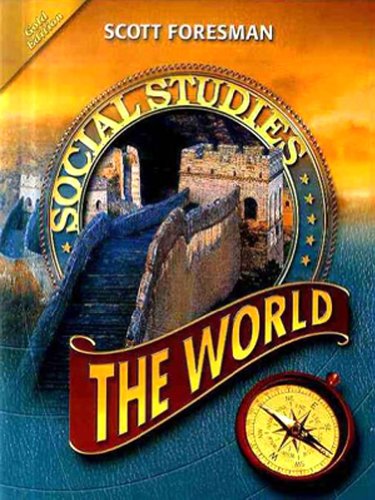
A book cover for SOCIAL STUDIES 2008 STUDENT EDITION (HARDCOVER) GRADE 6; Scott Foresman; Children's Books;